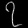
Digit: ၇